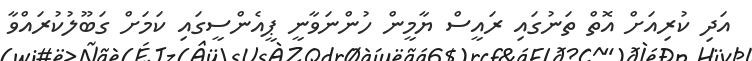
އަދި ކުރިއަށް އޮތް ތަނުގައި ރައީސް ޔާމީން ހުންނަވާނީ ޕީއެންސީގައި ކަމަށް ގަބޫލުކުރައްވާ